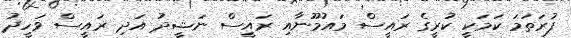
ފުރަތަމަ ކަމަކީ ކުރީގެ ރައީސް މައުމޫނާއި ރައީސް ނަޝީދު އަދި ރައީސް ވަހީދު